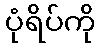
ပုံရိပ်ကို